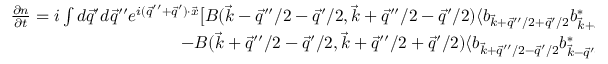
\begin{array} { r } { \frac { \partial n } { \partial t } = i \int d \vec { q } ^ { \prime } d \vec { q } ^ { \prime \prime } e ^ { i ( \vec { q } ^ { \prime \prime } + \vec { q } ^ { \prime } ) \cdot \vec { x } } \big [ B ( \vec { k } - \vec { q } ^ { \prime \prime } / 2 - \vec { q } ^ { \prime } / 2 , \vec { k } + \vec { q } ^ { \prime \prime } / 2 - \vec { q } ^ { \prime } / 2 ) \langle b _ { \vec { k } + \vec { q } ^ { \prime \prime } / 2 + \vec { q } ^ { \prime } / 2 } b _ { \vec { k } + \vec { q } ^ { \prime \prime } / 2 - \vec { q } ^ { \prime } / 2 } ^ { * } \rangle } \\ { - B ( \vec { k } + \vec { q } ^ { \prime \prime } / 2 - \vec { q } ^ { \prime } / 2 , \vec { k } + \vec { q } ^ { \prime \prime } / 2 + \vec { q } ^ { \prime } / 2 ) \langle b _ { \vec { k } + \vec { q } ^ { \prime \prime } / 2 - \vec { q } ^ { \prime } / 2 } b _ { \vec { k } - \vec { q } ^ { \prime \prime } / 2 - \vec { q } ^ { \prime } / 2 } ^ { * } \rangle \big ] . } \end{array}